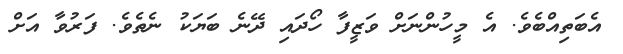
އެބަތިއްބެވެ. އެ މީހުންނަށް ވަޒީފާ ހޯދައި ދޭނެ ބަޔަކު ނެތެވެ. ފަރުވާ އަށް